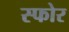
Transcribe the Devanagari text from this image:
स्फोर